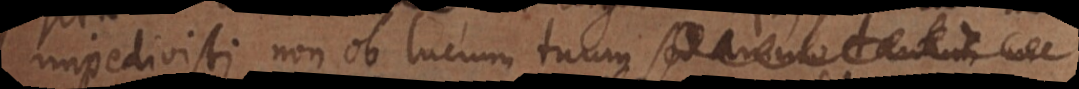
mpedivisti non ob lucrum tuum sed anim